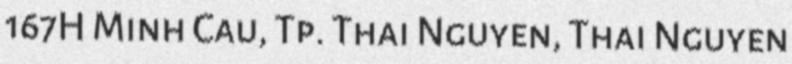
167H Minh Cau, Tp. Thai Nguyen, Thai Nguyen